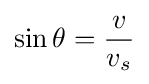
\sin \theta ={\frac {v}{v_{s}}}\,\!